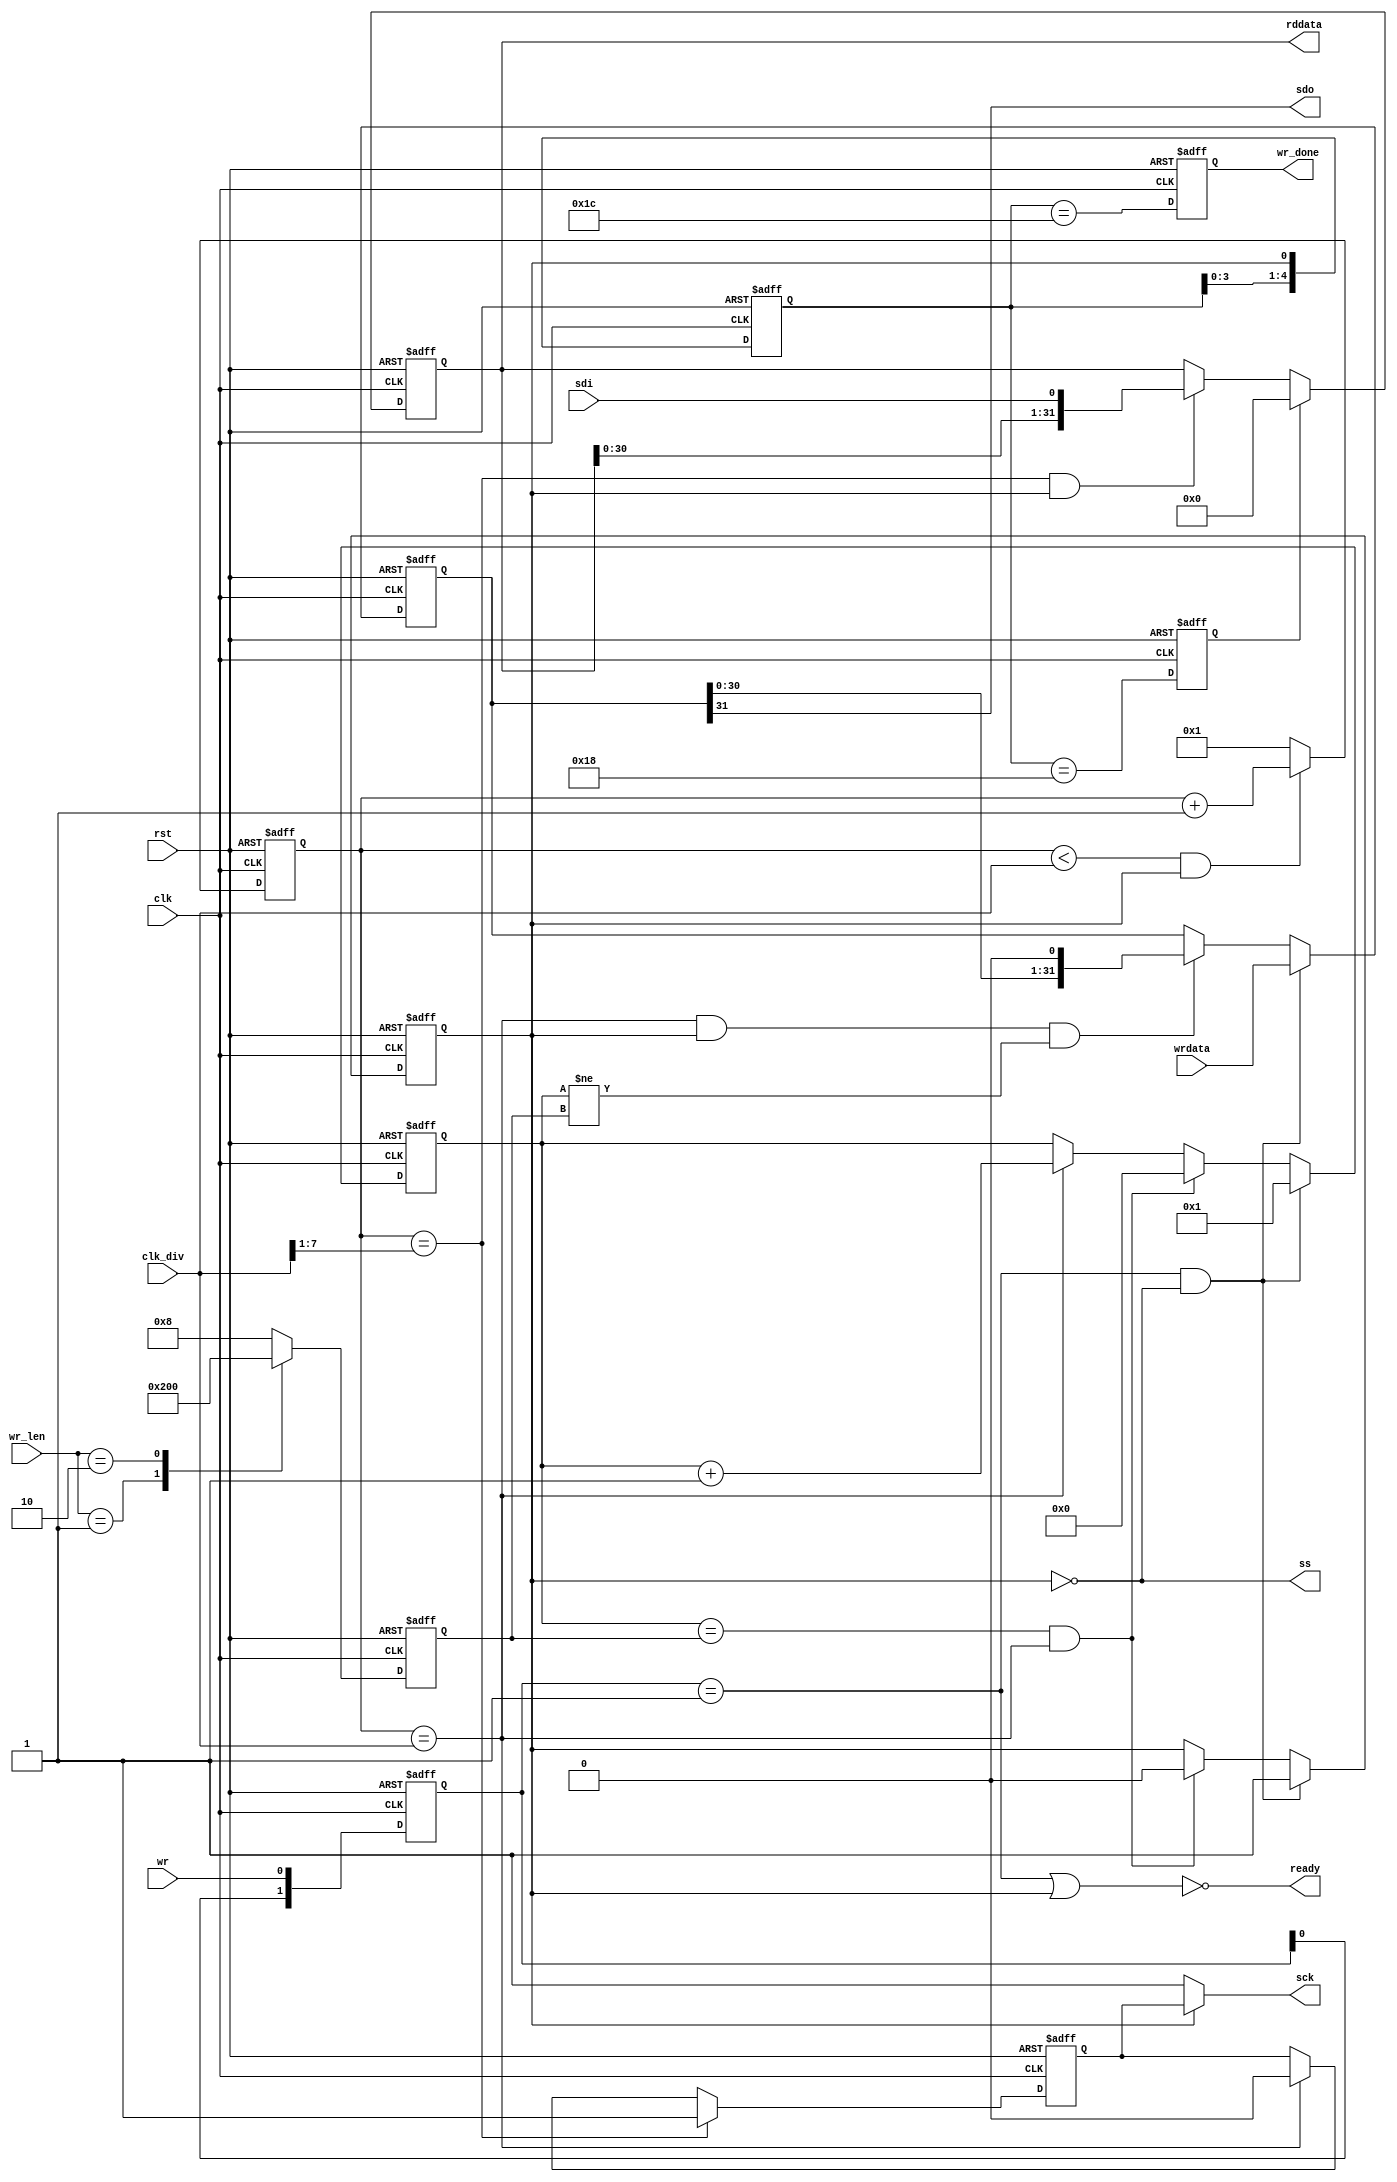
// 8bit SPI master
// version: v1.1
// last modify date: 2014/08/19 change ready assert timing
// clk_div range: 4~255 divsion of clk
// only mode 0 and mode 3 support
// MSB send first and LSB send last
module mspi(
					clk,		// global clock
					rst,		// global async low reset
					clk_div,	// spi clock divider
					wr,			// spi write/read
					wr_len,		// spi write or read byte number
					wr_done,	// write done /read done
					wrdata,		// spi write data, wr_len81632 
					rddata,		// spi recieve data, valid when wr_done assertwr_len81632 
					sck,		// spi master clock out 
					sdi,		// spi master data in (MISO) 
					sdo,		// spi master data out (MOSI) 
					ss,			// spi cs
					ready		// spi master ready (idle) 
					);
// ========================================================
//					
input				clk;
input				rst;
input	[7:0]		clk_div;
input				wr;
input	[1:0]		wr_len;
input	[31:0]		wrdata;
output	[31:0]		rddata;
output				wr_done;
output				sck;
output				sdo;
output				ready;
output				ss;
input				sdi;
// =========================================================
//
parameter clock_polarity = 1;  // '0': mode 0, sck=0 when idle; '1': mode 3, sck=1 when idle
parameter 	BYTE_NUM_1	= 0;
parameter	BYTE_NUM_2	= 1;
parameter	BYTE_NUM_4	= 2;

// =========================================================
//
reg		[31:0]		dat;
reg					rsck;
reg		[7:0]		cnt;
reg					busy;
reg		[4:0]		state;
reg		[4:0]		bit_number;
reg		[31:0]		rddata;
reg		[1:0]		wr_reg;
reg		[4:0]		busy_reg;
reg					wr_done_reg;
reg					rd_clr;
// =========================================================
//
wire	sdo = dat[31];
wire	sck = busy? rsck:clock_polarity;
wire	sdi_tick = (cnt==clk_div>>1)/*synthesis keep*/;  
wire	sdo_tick = (cnt==clk_div)/*synthesis keep*/;
wire	wr_pos = (wr_reg[1:0] == 2'b01)/*synthesis keep*/;
wire	ready = !(wr_pos||busy);
wire	ss = !busy;
wire	wr_done = wr_done_reg;
// =========================================================
//
always @(posedge clk or posedge rst)
if(rst)
	cnt <= 0;
else if(cnt<clk_div && busy)
	cnt <= cnt + 1;
else
	cnt <= 1;
// ---------------------------------------------------------
//
always @(posedge clk or posedge rst)
if(rst)
  rsck  <= 0;
else if(sdi_tick)
  rsck  <= 1;
else if(sdo_tick)
  rsck  <= 0;
// ---------------------------------------------------------
//
always @(posedge clk or posedge rst)
if(rst)
  bit_number  <= 8;
else case(wr_len)
	  BYTE_NUM_1:	bit_number <= 8;			// 1
	  BYTE_NUM_2:	bit_number <= 16;			// 2
	  BYTE_NUM_4:	bit_number <= 32;			// 4
  default:
		bit_number <= 8;
endcase

// ---------------------------------------------------------
//
always @(posedge clk or posedge rst)
if(rst)
  wr_reg  <= 0;
else
  wr_reg  <= {wr_reg[0],wr};

// ---------------------------------------------------------
//
always @(posedge clk or posedge rst)
if(rst)
	busy <= 0;
else if(wr_pos && !busy)
	busy <= 1;
else if(state==bit_number && sdo_tick)
	busy <= 0;
// ---------------------------------------------------------
//
always@(posedge clk or posedge rst)
if(rst)
	state  <= 0;
else if(wr_pos && !busy)
	state  <= 1;
else if(state==bit_number && sdo_tick)
	state  <= 0;
else if(sdo_tick)
	state  <= state + 1;  
// ---------------------------------------------------------
//
always @(posedge clk or posedge rst)
if(rst)
	dat  <= 0;
else if(wr_pos && !busy)
	dat  <= wrdata;
else if(sdo_tick && busy && state!=bit_number)
	dat  <= dat<<1;
// ---------------------------------------------------------
//
always @(posedge clk or posedge rst)
if(rst)
	rddata  <= 0;
else if(rd_clr)
	rddata  <= 0;
else if(sdi_tick && busy)
	rddata  <= {rddata[30:0],sdi};

// ---------------------------------------------------------
//
always @(posedge clk or posedge rst)
if(rst)
	busy_reg[4:0]  <= 0;
else
	busy_reg[4:0]  <= {busy_reg[3:0],busy};
 
// ---------------------------------------------------------
//
always @(posedge clk or posedge rst)
if(rst)
	begin
		wr_done_reg <= 0;
		rd_clr		<= 0;
	end
else
	begin
		wr_done_reg  <= (busy_reg[4:0]==5'b11100);
		rd_clr		<=	(busy_reg[4:0]==5'b11000);
	end


endmodule